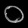
Digit: ၀